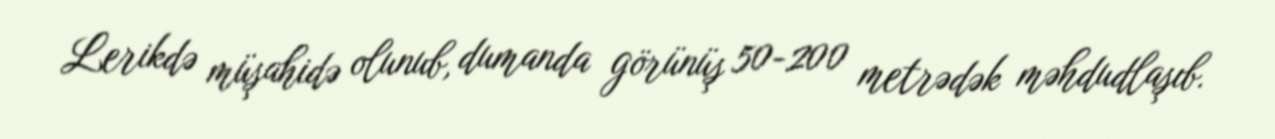
Lerikdə müşahidə olunub, dumanda görünüş 50-200 metrədək məhdudlaşıb.